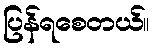
ပြန်ရစေတယ်။